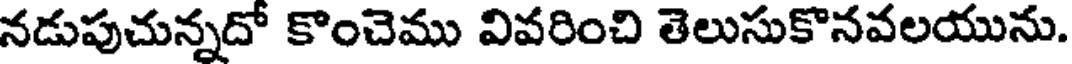
నడుపుచున్నదో కొంచెము వివరించి తెలుసుకొనవలయును.